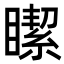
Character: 𥊯